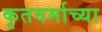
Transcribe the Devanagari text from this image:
कृतवर्माच्या